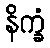
နိက္ခံ